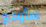
سأوقع